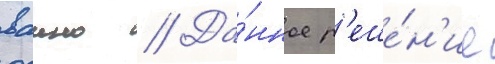
ваино // Да́нное р'еше́н'ие